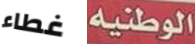
غطاء الوطنية